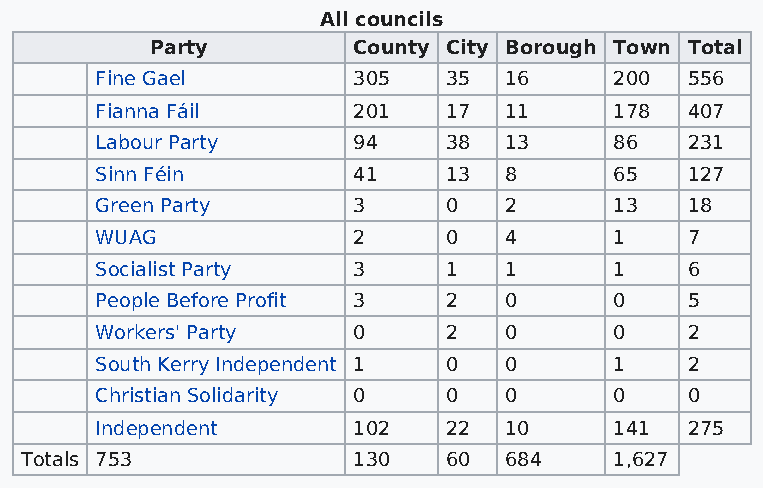
All councils
 Party        County City Borough Town Total
 Fine Gael        305    35 16      200 556
 Fianna Fáil      201    17 11      178 407
 Labour Party     94     38 13      86  231
 Sinn Féin        41     13 8       65  127
 Green Party      3      0  2       13  18
 WUAG             2      0  4       1   7
 Socialist Party  3      1  1       1   6
 People Before Profit 3  2  0       0   5
 Workers' Party   0      2  0       0   2
 South Kerry Independent 1 0 0      1   2
 Christian Solidarity 0  0  0       0   0
 Independent      102    22 10      141 275
 Totals 753            130    60 684     1,627